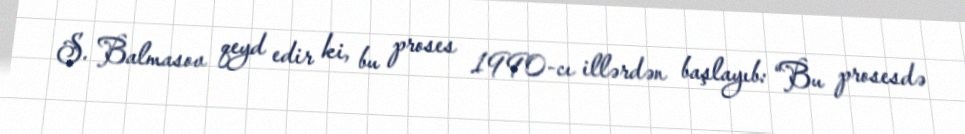
S. Balmasov qeyd edir ki, bu proses 1990-cı illərdən başlayıb: “Bu prosesdə